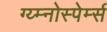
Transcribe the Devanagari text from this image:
ग्य्म्नोस्पेर्म्स